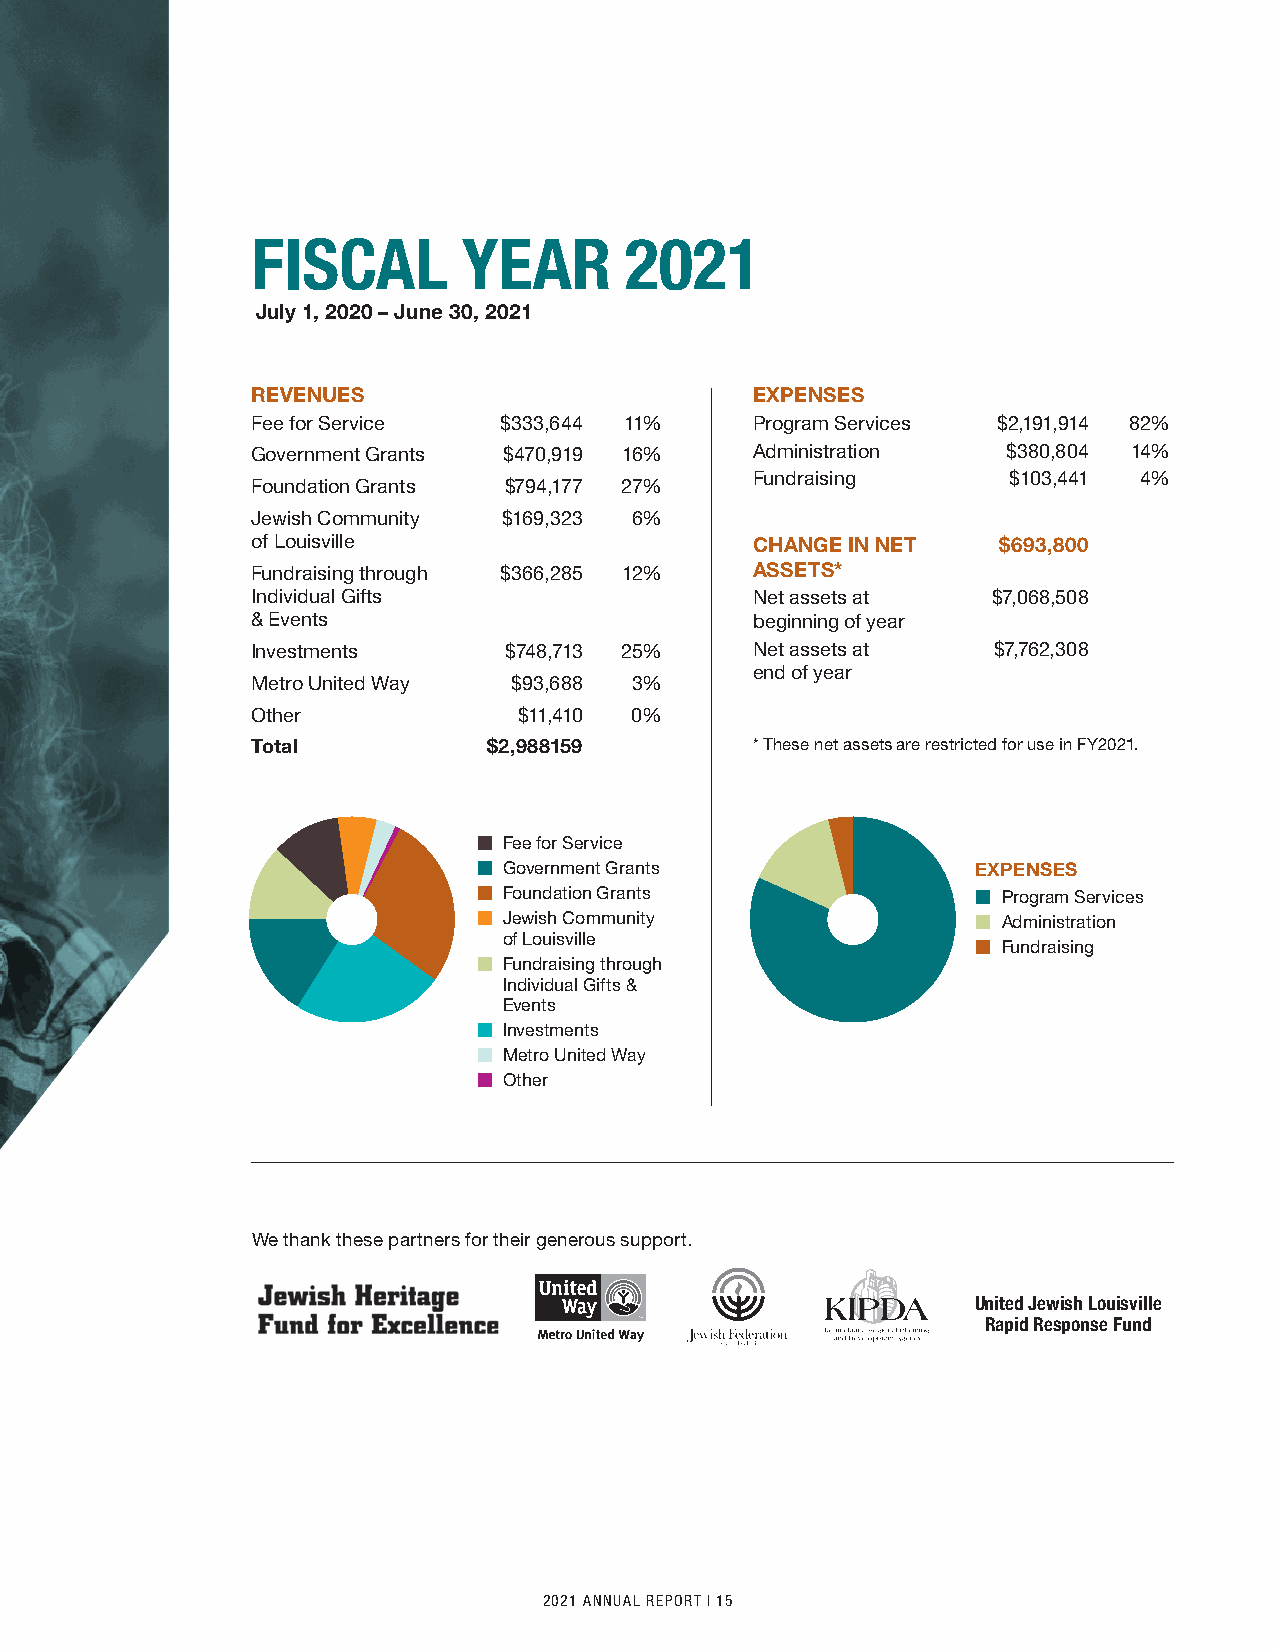
FISCAL        YEAR      2021
 July 1, 2020 – June 30, 2021
 REVENUES                         EXPENSES
 Fee for Service $333,644 11%     Program Services $2,191,914 82%
 Government Grants $470,919 16%   Administration   $380,804 14%
 Fundraising      $103,441 4%
 Foundation Grants $794,177 27%
 Jewish Community $169,323 6%
 of Louisville                    CHANGE IN NET   $693,800
 Fundraising through $366,285 12% ASSETS*
 Individual Gifts                 Net assets at   $7,068,508
 & Events                         beginning of year
 Investments     $748,713 25%     Net assets at   $7,762,308
 end of year
 Metro United Way $93,688 3%
 Other            $11,410 0%
 Total          $2,988159         * These net assets are restricted for use in FY2021.
 m Fee for Service
 m Government Grants              EXPENSES
 m Foundation Grants              m Program Services
 m Jewish Community               m Administration
 of Louisville
 m Fundraising
 m Fundraising through
 Individual Gifts &
 Events
 m Investments
 m Metro United Way
 m Other
 We thank these partners for their generous support.
 United Jewish Louisville
 Rapid Response Fund
 14 I JEWISH FAMILY & CAREER SERVICES 2021 ANNUAL REPORT I 15